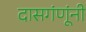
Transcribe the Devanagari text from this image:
दासगंणूंनी